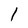
Character: 1